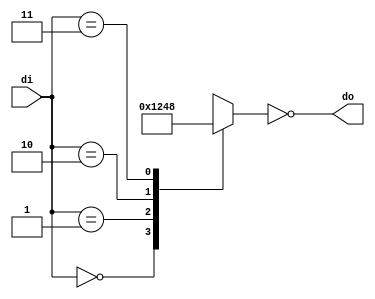
`timescale 1ns / 1ps
//////////////////////////////////////////////////////////////////////////////////
// Company: 
// Engineer: 
// 
// Design Name: 
// Module Name: dec2_4
// Project Name: 
// Target Devices: 
// Tool Versions: 
// Description: 
// 
// Dependencies: 
// 
// Revision:
// Revision 0.01 - File Created
// Additional Comments:
// 
//////////////////////////////////////////////////////////////////////////////////

//functionality; dmux/one-hot
module dec2_4(di,do);
input [1:0] di;
output reg [3:0] do;
always@(di)
begin
case(di)
2'b00: do=4'b0001;
2'b01:do=4'b0010;
2'b10:do=4'b0100;
2'b11:do=4'b1000;
endcase
do=~do;
end
endmodule


/*module tb_dec_2_4;
reg [1:0] dit;
wire [3:0] dot;
dec2_4 dec2_4_inst(dit,dot);
initial
begin
#0 dit=2'b00;
#10 dit=2'b01;
#10 dit=2'b10;
#10 dit=2'b11;
#50 $finish;
end
endmodule
*/